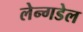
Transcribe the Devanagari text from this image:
लेन्गडेल